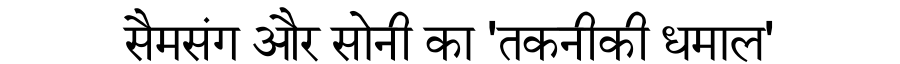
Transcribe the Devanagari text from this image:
सैमसंग और सोनी का 'तकनीकी धमाल'